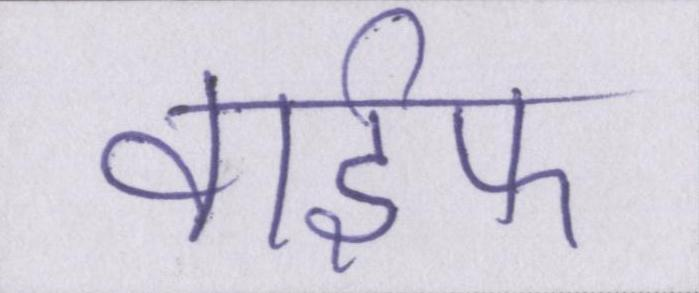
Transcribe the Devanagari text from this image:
वाईफ